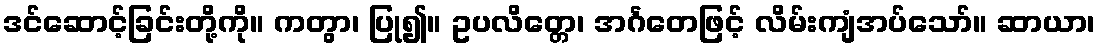
ဒင်ဆောင့်ခြင်းတို့ကို။ ကတွာ၊ ပြု၍။ ဥပလိတ္တေ၊ အင်္ဂတေဖြင့် လိမ်းကျံအပ်သော်။ ဆာယာ၊